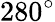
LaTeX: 280^{\circ}